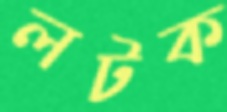
লটক